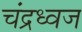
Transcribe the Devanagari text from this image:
चंद्रध्वज